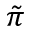
\tilde { \pi }